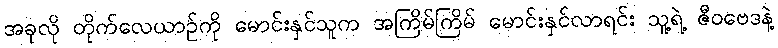
အခုလို တိုက်လေယာဉ်ကို မောင်းနှင်သူက အကြိမ်ကြိမ် မောင်းနှင်လာရင်း သူ့ရဲ့ ဇီဝဗေဒနဲ့